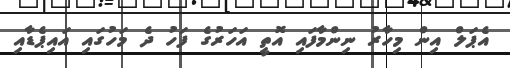
އެޕަލް އިން މިހާރު ނިންމާފައި އޮތީ އަހަރުގެ ފަހު ދެ މަހުގައި އައިޕެޑާއި